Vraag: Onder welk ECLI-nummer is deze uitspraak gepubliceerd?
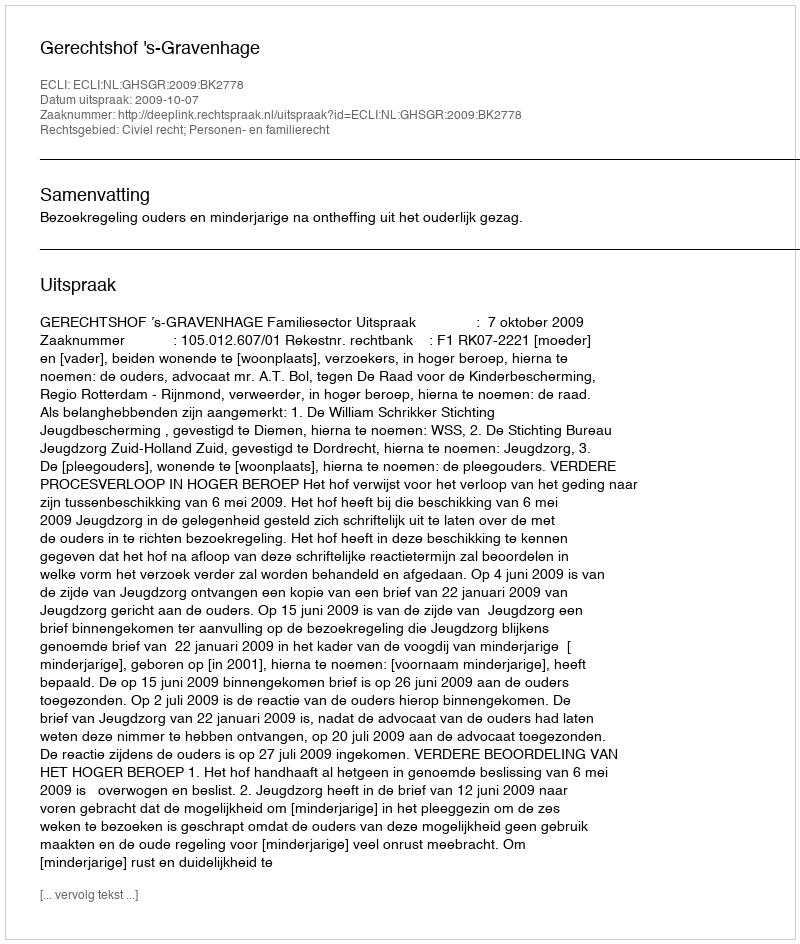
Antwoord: ECLI:NL:GHSGR:2009:BK2778